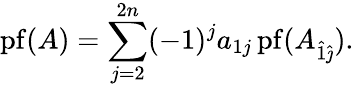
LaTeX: \operatorname{pf}(A)=\sum_{j=2}^{2n}(-1)^{j}a_{1j}\operatorname{pf}(A_{{\hat{1}}{\hat{\jmath}}}).